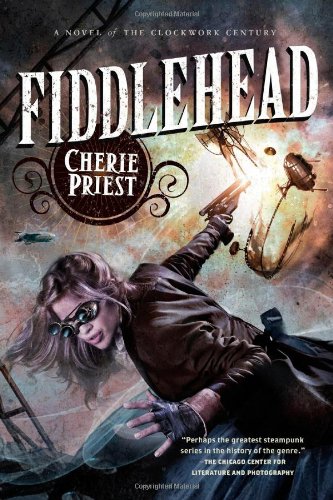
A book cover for Fiddlehead (The Clockwork Century); Cherie Priest; Science Fiction & Fantasy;